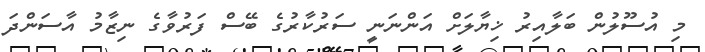
މި އުސޫލުން ބަލާއިރު ޚިޔާލަށް އަންނަނީ ސަރުކާރުގެ ބޭސް ފަރުވާގެ ނިޒާމު އާސަންދަ